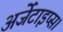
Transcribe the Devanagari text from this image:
अर्जेंटाइप्स।